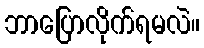
ဘာပြောလိုက်ရမလဲ။